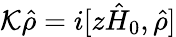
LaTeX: \begin{array}{r}{\mathcal{K}\hat{\rho}=i[z\hat{H}_{0},\hat{\rho}]}\end{array}